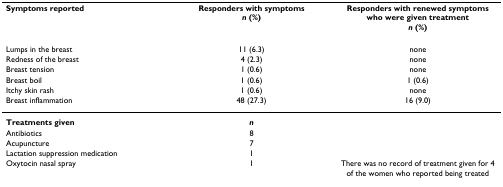
<table><thead><tr><td><b>Symptoms reported</b></td><td><b>Responders with symptoms<i>n </i>(%)</b></td><td><b>Responders with renewed symptoms who were given treatment<i>n </i>(%)</b></td></tr></thead><tbody><tr><td>Lumps in the breast</td><td>11 (6.3)</td><td>none</td></tr><tr><td>Redness of the breast</td><td>4 (2.3)</td><td>none</td></tr><tr><td>Breast tension</td><td>1 (0.6)</td><td>none</td></tr><tr><td>Breast boil</td><td>1 (0.6)</td><td>1 (0.6)</td></tr><tr><td>Itchy skin rash</td><td>1 (0.6)</td><td>none</td></tr><tr><td>Breast inflammation</td><td>48 (27.3)</td><td>16 (9.0)</td></tr><tr><td><b>Treatments given</b></td><td><b><i>n</i></b></td><td></td></tr><tr><td>Antibiotics</td><td>8</td><td></td></tr><tr><td>Acupuncture</td><td>7</td><td></td></tr><tr><td>Lactation suppression medication</td><td>1</td><td></td></tr><tr><td>Oxytocin nasal spray</td><td>1</td><td>There was no record of treatment given for 4 of the women who reported being treated</td></tr></tbody></table>